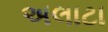
અલાટા